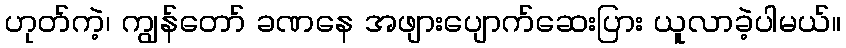
ဟုတ်ကဲ့၊ ကျွန်တော် ခဏနေ အဖျားပျောက်ဆေးပြား ယူလာခဲ့ပါမယ်။